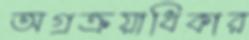
অগ্রক্রয়াধিকার